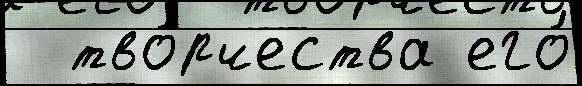
  тво́рчества его́